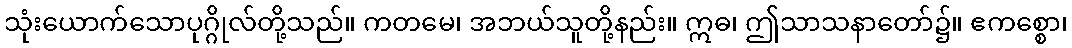
သုံးယောက်သောပုဂ္ဂိုလ်တို့သည်။ ကတမေ၊ အဘယ်သူတို့နည်း။ ဣဓ၊ ဤသာသနာတော်၌။ ဧကစ္စော၊